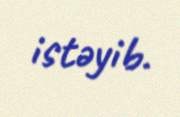
istəyib.